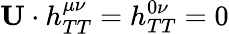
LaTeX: \mathbf{U}\cdot h_{TT}^{\mu\nu}=h_{TT}^{0\nu}=0